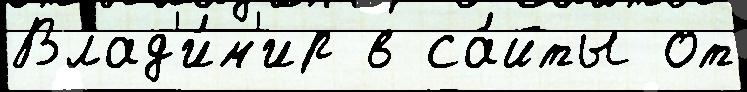
Влад'и́м'ир в са́йты от